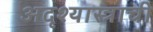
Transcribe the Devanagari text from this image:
अदृश्यास्त्राची